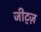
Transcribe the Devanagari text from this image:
जीट्ज़